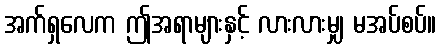
အက်ရှလေက ဤအရာများနှင့် လားလားမျှ မအပ်စပ်။